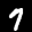
Label: 7